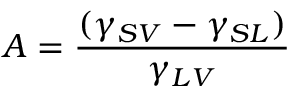
A = { \frac { ( \gamma _ { S V } - \gamma _ { S L } ) } { \gamma _ { L V } } }